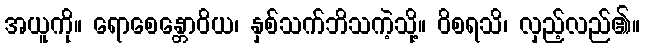
အယူကို။ ရောစေန္တောဝိယ၊ နှစ်သက်ဘိသကဲ့သို့။ ဝိစရသိ၊ လှည့်လည်၏။